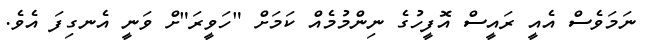
ނަމަވެސް އެއީ ރައީސް އޮފީހުގެ ނިންމުމެއް ކަމަށް "ހަވީރަ"ށް ވަނީ އެނގިފަ އެވެ.